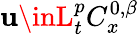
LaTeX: \mathbf{u}\inL_{t}^{p}C_{x}^{0,\beta}